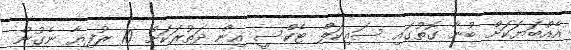
އެއްބަޔަކަށް ބުނާ ގޮތުގައި ސައިކަލް ޓެކްސީ އިން ދަތުރަކަށް 10 ރުފިޔާ ނެގުން